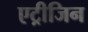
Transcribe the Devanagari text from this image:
एट्रीजिन